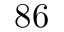
8 6